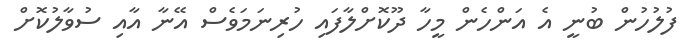
ފުލުހުން ބުނީ އެ އަންހެން މީހާ ދޫކޮށްލާފައި ހުރިނަމަވެސް އޭނާ އާއި ސުވާލުކޮށް